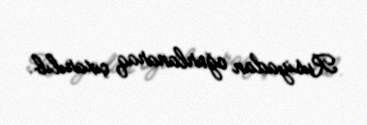
Rusiyadan oğurlanaraq çıxarılıb.